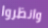
وانظروا